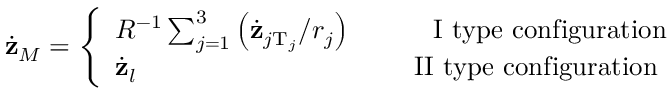
\dot { \bf z } _ { M } = \left\{ \begin{array} { l l } { { { \cal R } ^ { - 1 } \sum _ { j = 1 } ^ { 3 } \left( \dot { \bf z } _ { j \mathrm { T } _ { j } } / r _ { j } \right) \qquad \quad \mathrm { I ~ t y p e ~ c o n f i g u r a t i o n } } } & { { } } \\ { { \dot { \bf z } _ { l } \qquad \qquad \qquad \qquad \qquad \mathrm { ~ I I ~ t y p e ~ c o n f i g u r a t i o n } } } \end{array} \right.